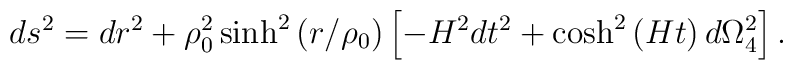
ds^2=dr^2+\rho_0^2\sinh^2\left(r/\rho_0\right)\left[-H^2 dt^2+\cosh^2\left(Ht\right)d\Omega_4^2\right].